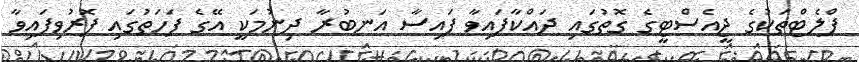
ފްލެޓްތަކުގެ ޖީއެސްޓީގެ ގޮތުގައި ދައްކާފައިވާ ފައިސާ އަނބުރާ ދިނުމަކީ އޭގެ ފަހަތުގައި ފޮރުވިފައިވާ